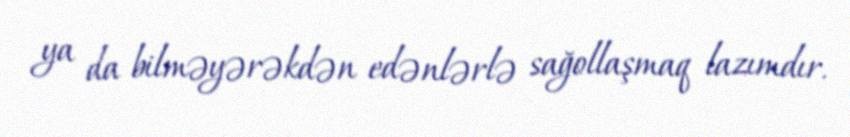
ya da bilməyərəkdən edənlərlə sağollaşmaq lazımdır.